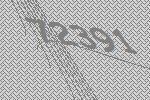
72391